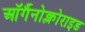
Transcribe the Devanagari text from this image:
ऑर्गैनोक्लोराइड